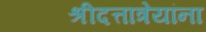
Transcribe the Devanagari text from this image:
श्रीदत्तात्रेयांना